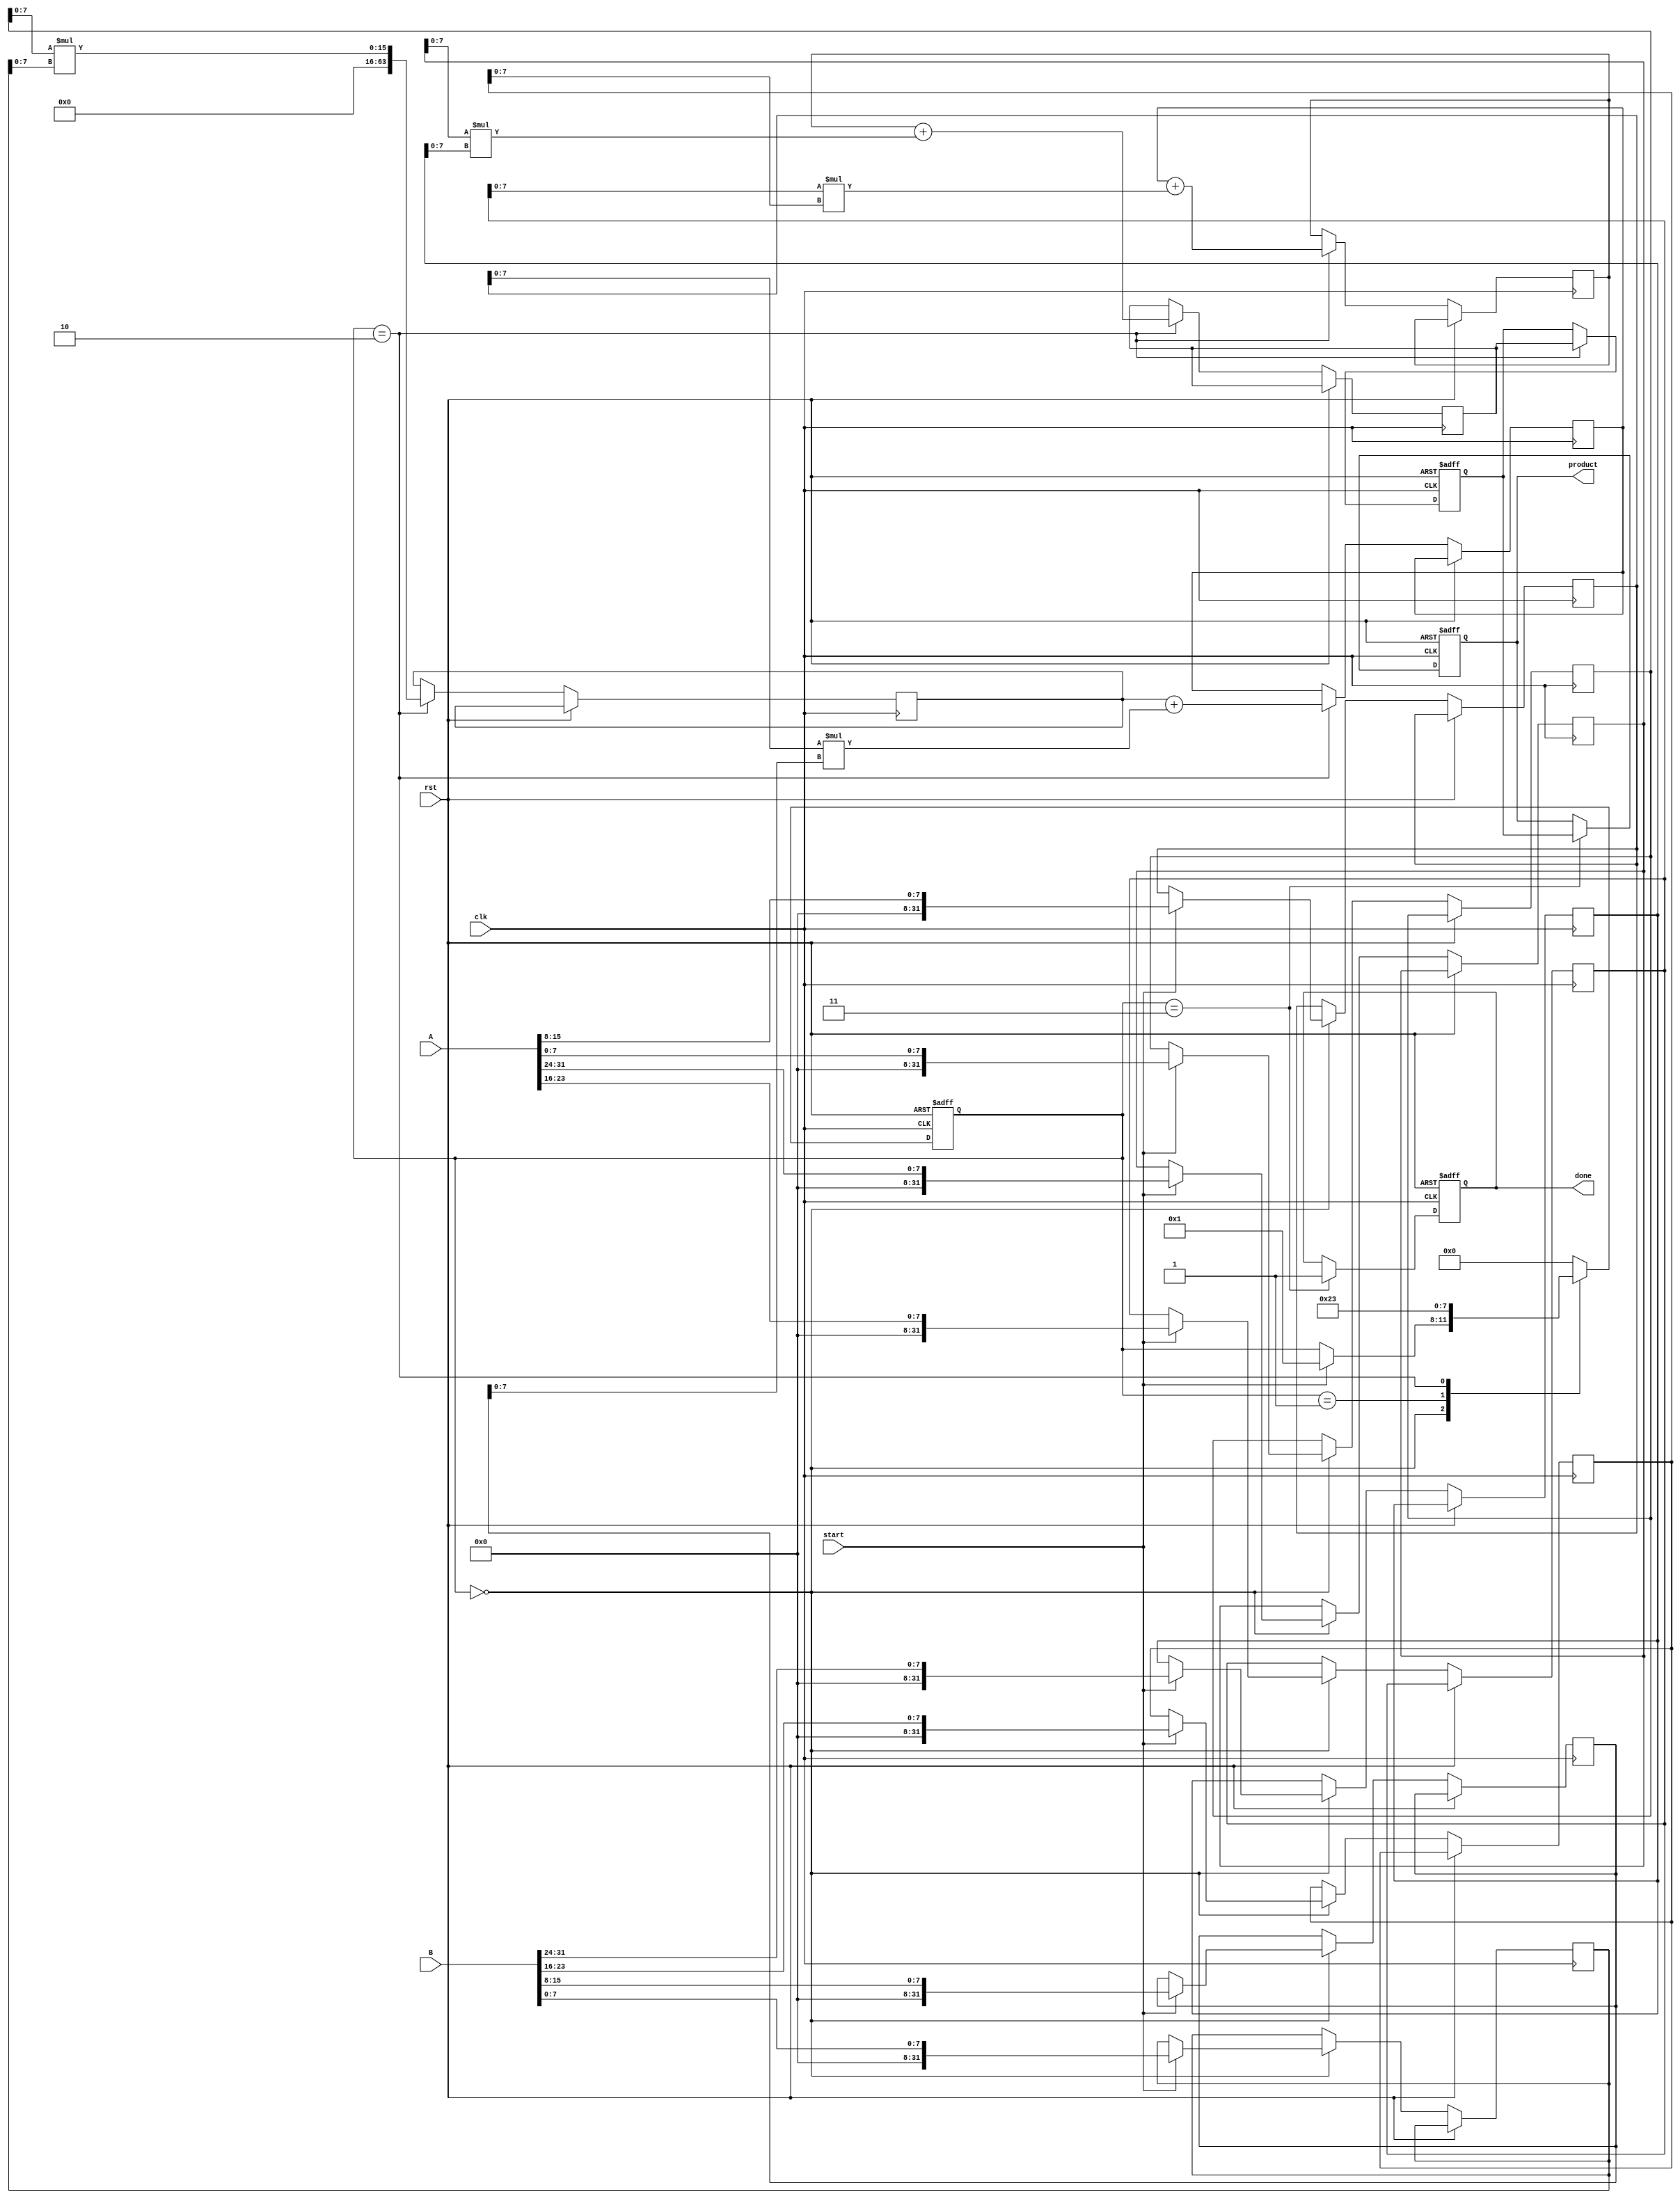
module pipelined_sliced_multiplier #(
    parameter N = 32,  // Width of input operands
    parameter M = 8    // Width of each slice
)(
    input wire clk,
    input wire rst,
    input wire [N-1:0] A,  // First operand
    input wire [N-1:0] B,  // Second operand
    input wire start,
    output reg [2*N-1:0] product, // Final product output
    output reg done
);

localparam S = N / M; // Number of slices

// Internal signals for pipeline stages
reg [N-1:0] A_reg [0:S-1]; // Register for storing slices of A
reg [N-1:0] B_reg [0:S-1]; // Register for storing slices of B
reg [2*M-1:0] partial_products [0:S-1]; // Partial products from each slice
reg [2*N-1:0] accumulators [0:S]; // Accumulators for each stage
reg [2*N-1:0] final_sum; // Final summation result

// Control signals
reg [3:0] state; // State for the pipeline control

// State encoding for control logic
localparam IDLE = 0;
localparam LOAD = 1;
localparam COMPUTE = 2;
localparam FINALIZE = 3;

integer i;

// Generate partial products from the slices
always @* begin
    for (i = 0; i < S; i = i + 1) begin
        partial_products[i] = A_reg[i][M-1:0] * B_reg[i][M-1:0]; // Multiply each slice
    end
end

// Pipeline control
always @(posedge clk or posedge rst) begin
    if (rst) begin
        // Reset the pipeline
        state <= IDLE;
        product <= 0;
        done <= 0;
        final_sum <= 0;
    end else begin
        case (state)
            IDLE: begin
                if (start) begin
                    // Load input operands into registers
                    for (i = 0; i < S; i = i + 1) begin
                        A_reg[i] <= A[(i+1)*M-1 -: M]; // Load sliced A
                        B_reg[i] <= B[(i+1)*M-1 -: M]; // Load sliced B
                    end
                    state <= LOAD;
                end
            end
            
            LOAD: begin
                // Move to compute stage
                state <= COMPUTE;
            end
            
            COMPUTE: begin
                // Accumulate partial products and propagate carries
                for (i = 0; i < S; i = i + 1) begin
                    accumulators[i] <= (i == 0) ? partial_products[i] : accumulators[i-1] + partial_products[i];
                end
                final_sum <= accumulators[S-1];
                state <= FINALIZE;
            end
            
            FINALIZE: begin
                // Output the final product
                product <= final_sum;
                done <= 1; // Indicate that the operation is done
                state <= IDLE; // Return to idle state
            end
            
            default: state <= IDLE;
        endcase
    end
end

endmodule